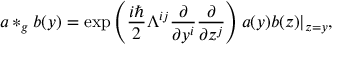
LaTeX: a * _ { g } b ( y ) = \exp \left( \frac { i \hbar } 2 \Lambda ^ { i j } \frac \partial { \partial y ^ { i } } \frac \partial { \partial z ^ { j } } \right) a ( y ) b ( z ) | _ { z = y } ,